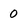
Character: 0